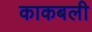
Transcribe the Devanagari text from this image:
काकबली